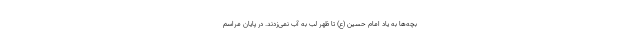
بچه‌ها به یاد امام حسین (ع) تا ظهر لب به آب نمی‌زدند. در پایان مراسم